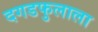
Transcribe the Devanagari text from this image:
दगडफुलाला